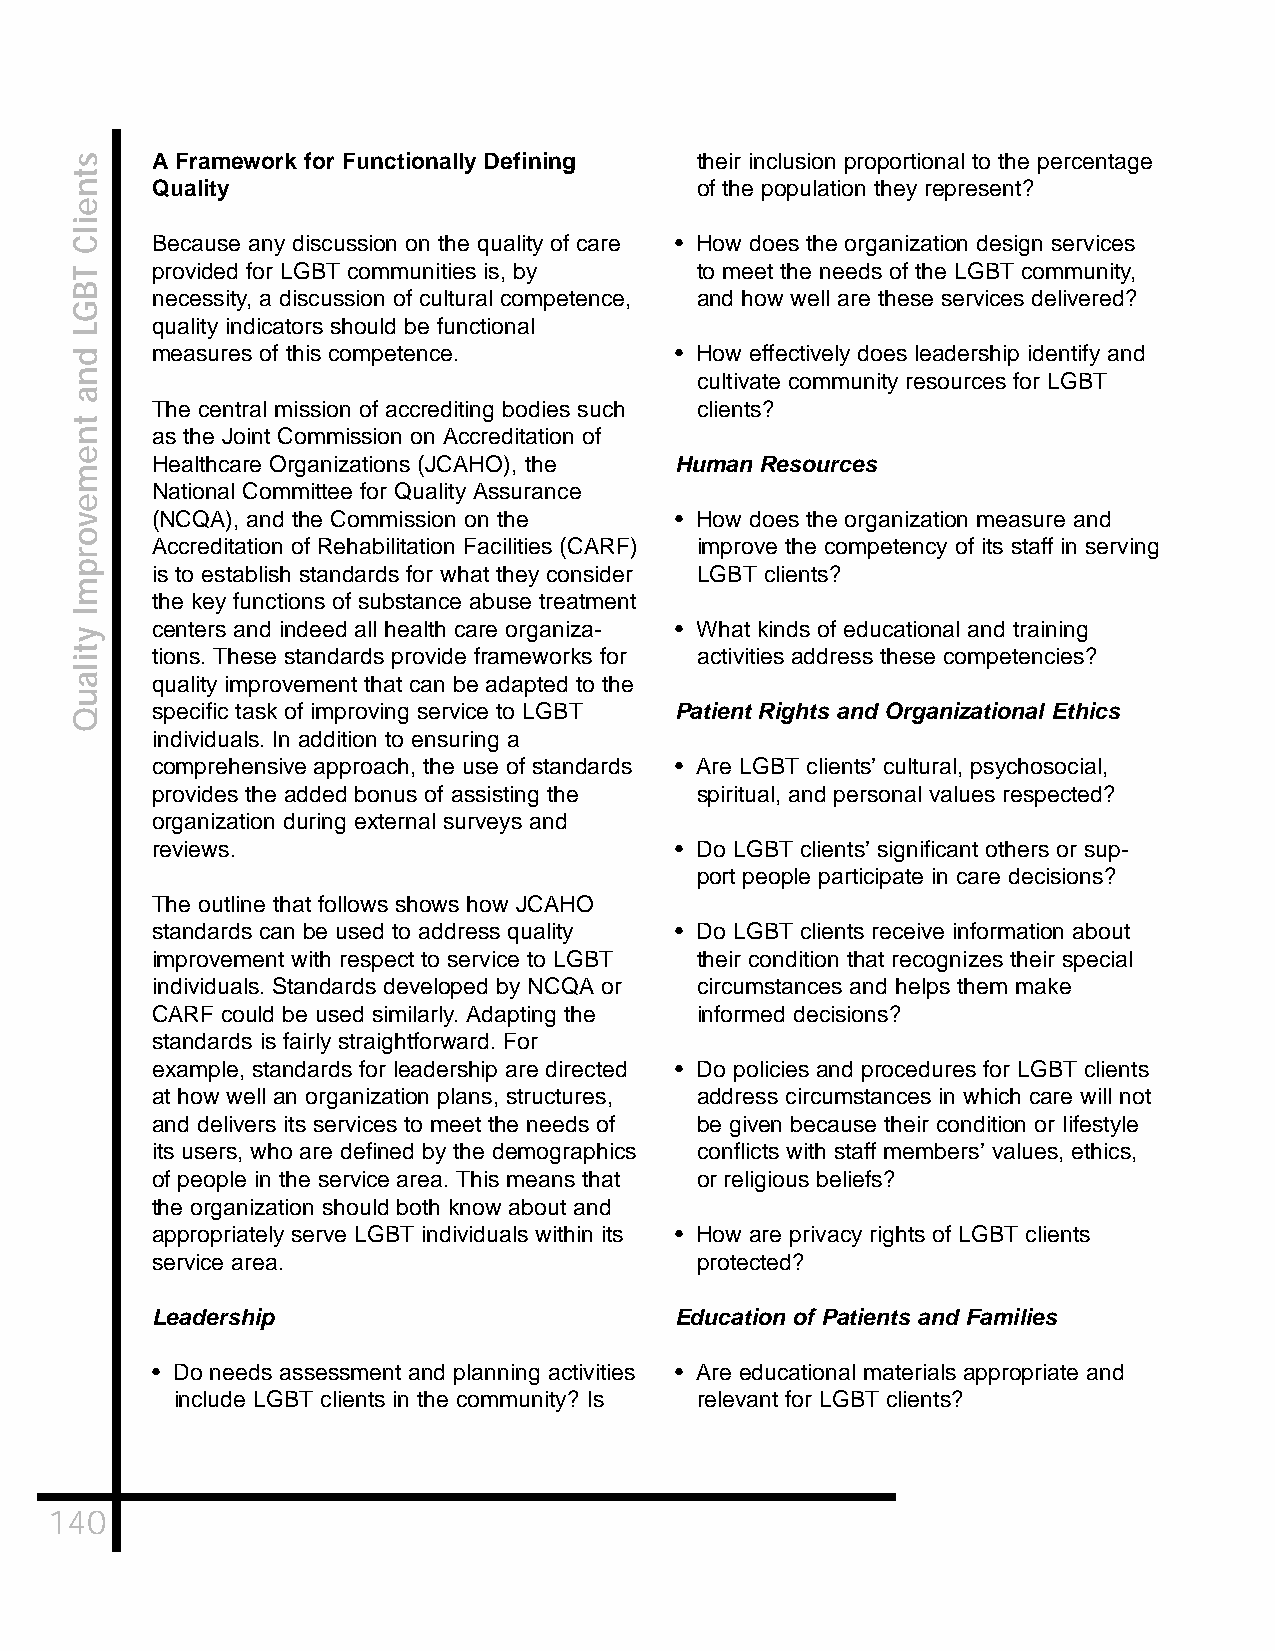
A Framework for Functionally Defining their inclusion proportional to the percentage
 Quality                             of the population they represent?
 Because any discussion on the quality of care • How does the organization design services
 provided for LGBT communities is, by to meet the needs of the LGBT community,
 necessity, a discussion of cultural competence, and how well are these services delivered?
 quality indicators should be functional
 measures of this competence.       • How effectively does leadership identify and
 cultivate community resources for LGBT
 The central mission of accrediting bodies such clients?
 as the Joint Commission on Accreditation of
 Healthcare Organizations (JCAHO), the Human Resources
 National Committee for Quality Assurance
 (NCQA), and the Commission on the  • How does the organization measure and
 Accreditation of Rehabilitation Facilities (CARF) improve the competency of its staff in serving
 is to establish standards for what they consider LGBT clients?
 the key functions of substance abuse treatment
 centers and indeed all health care organiza- • What kinds of educational and training
 tions. These standards provide frameworks for activities address these competencies?
 quality improvement that can be adapted to the
 specific task of improving service to LGBT Patient Rights and Organizational Ethics
 individuals. In addition to ensuring a
 comprehensive approach, the use of standards • Are LGBT clients’ cultural, psychosocial,
 provides the added bonus of assisting the spiritual, and personal values respected?
 organization during external surveys and
 reviews.                           • Do LGBT clients’ significant others or sup-
 port people participate in care decisions?
 The outline that follows shows how JCAHO
 standards can be used to address quality • Do LGBT clients receive information about
 improvement with respect to service to LGBT their condition that recognizes their special
 individuals. Standards developed by NCQA or circumstances and helps them make
 CARF could be used similarly. Adapting the informed decisions?
 standards is fairly straightforward. For
 example, standards for leadership are directed • Do policies and procedures for LGBT clients
 at how well an organization plans, structures, address circumstances in which care will not
 and delivers its services to meet the needs of be given because their condition or lifestyle
 its users, who are defined by the demographics conflicts with staff members’ values, ethics,
 of people in the service area. This means that or religious beliefs?
 the organization should both know about and
 appropriately serve LGBT individuals within its • How are privacy rights of LGBT clients
 service area.                       protected?
 Leadership                         Education of Patients and Families
 • Do needs assessment and planning activities • Are educational materials appropriate and
 include LGBT clients in the community? Is relevant for LGBT clients?
 140
 stneilC
 TBGL
 dna
 tnemevorpmI
 ytilauQ